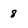
Character: 8